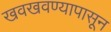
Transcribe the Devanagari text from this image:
खवखवण्यापासून